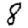
Digit: 8